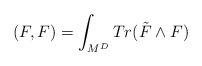
LaTeX: \begin{align*}(F,F)= \int_{M^{D}} Tr (\tilde{F} \wedge F)\end{align*}